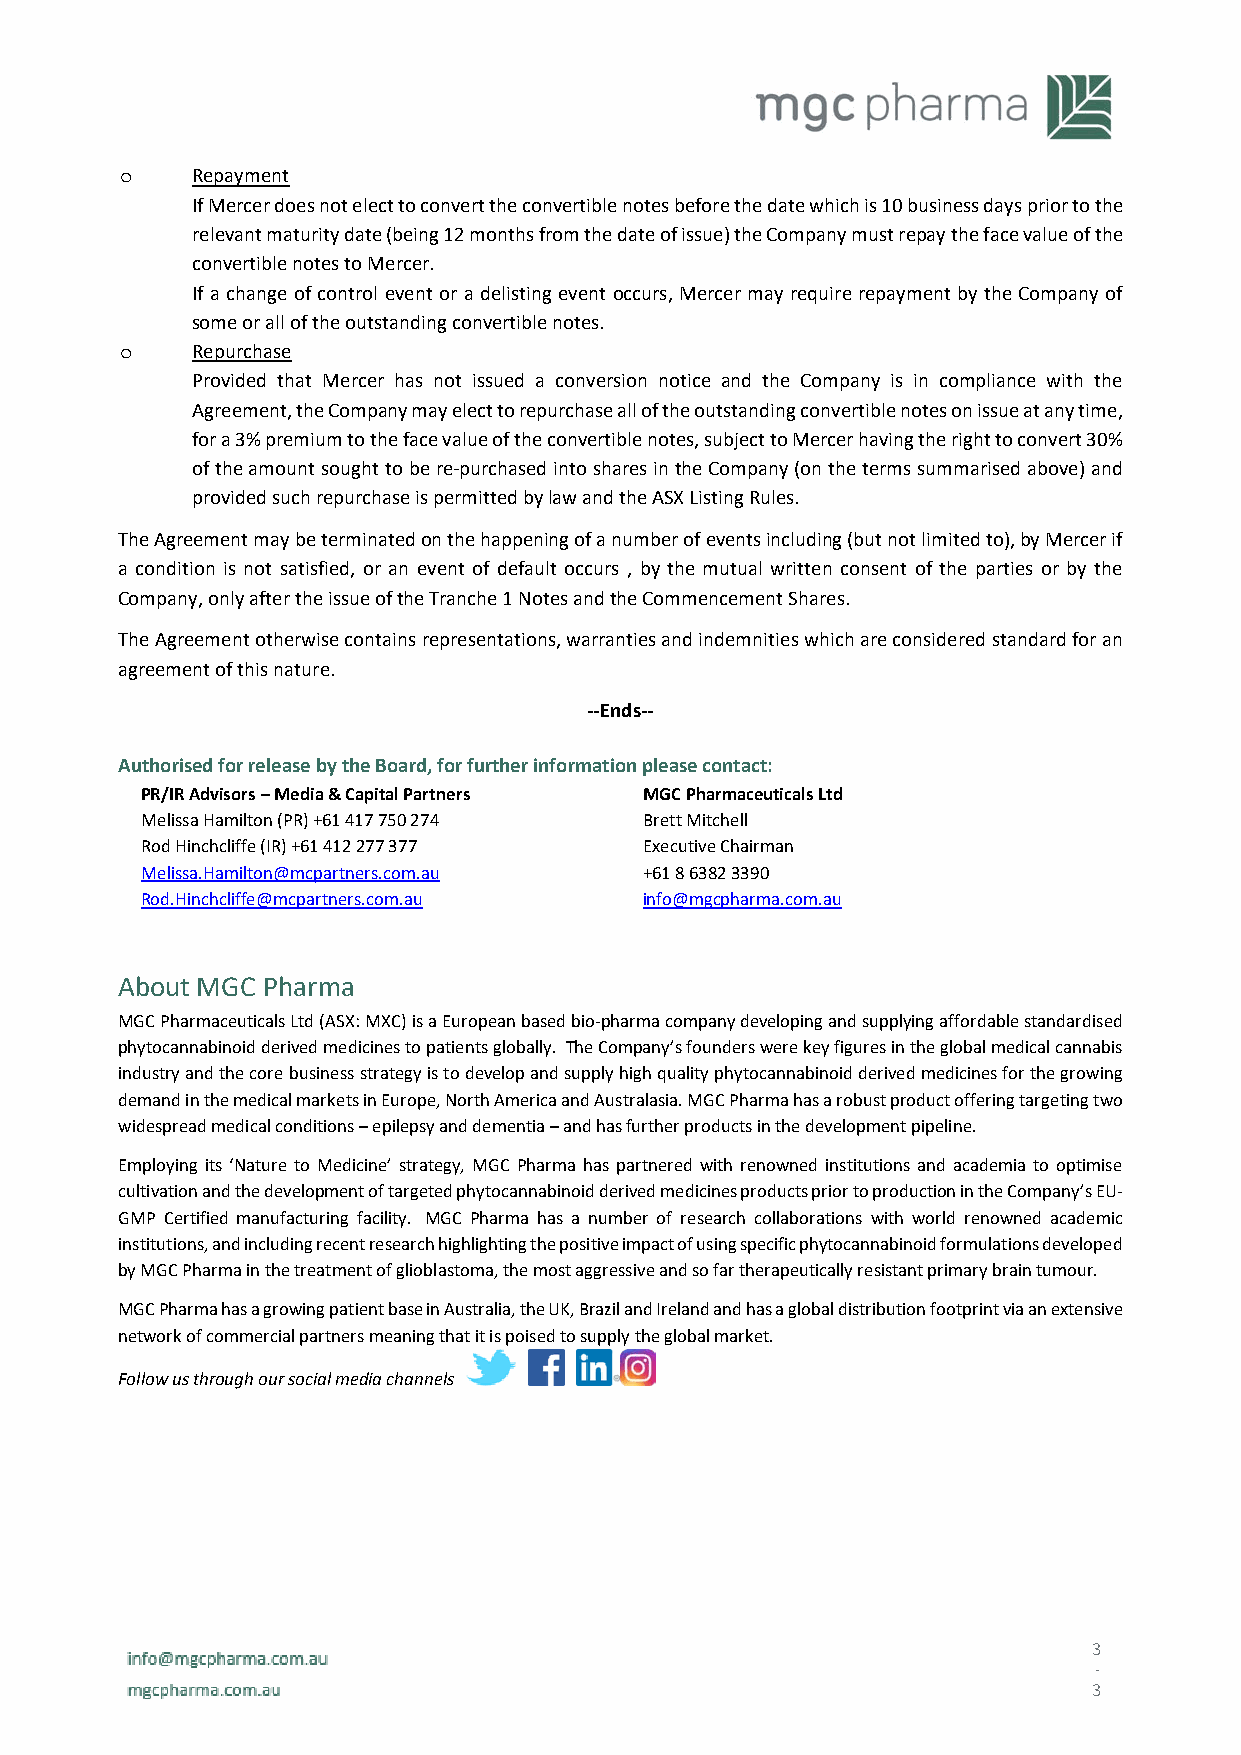
Repayment
 o
 If Mercer does not elect to convert the convertible notes before the date which is 10 business days prior to the
 relevant maturity date (being 12 months from the date of issue) the Company must repay the face value of the
 convertible notes to Mercer.
 If a change of control event or a delisting event occurs, Mercer may require repayment by the Company of
 some or all of the outstanding convertible notes.
 Repurchase
 o
 Provided that Mercer has not issued a conversion notice and the Company is in compliance with the
 Agreement, the Company may elect to repurchase all of the outstanding convertible notes on issue at any time,
 for a 3% premium to the face value of the convertible notes, subject to Mercer having the right to convert 30%
 of the amount sought to be re-purchased into shares in the Company (on the terms summarised above) and
 provided such repurchase is permitted by law and the ASX Listing Rules.
 The Agreement may be terminated on the happening of a number of events including (but not limited to), by Mercer if
 a condition is not satisfied, or an event of default occurs , by the mutual written consent of the parties or by the
 Company, only after the issue of the Tranche 1 Notes and the Commencement Shares.
 The Agreement otherwise contains representations, warranties and indemnities which are considered standard for an
 agreement of this nature.
 --Ends--
 Authorised for release by the Board, for further information please contact:
 PR/IR Advisors – Media & Capital Partners MGC Pharmaceuticals Ltd
 Melissa Hamilton (PR) +61 417 750 274 Brett Mitchell
 Rod Hinchcliffe (IR) +61 412 277 377 Executive Chairman
 Melissa.Hamilton@mcpartners.com.au +61 8 6382 3390
 Rod.Hinchcliffe@mcpartners.com.au info@mgcpharma.com.au
 About MGC Pharma
 MGC Pharmaceuticals Ltd (ASX: MXC) is a European based bio-pharma company developing and supplying affordable standardised
 phytocannabinoid derived medicines to patients globally. The Company’s founders were key figures in the global medical cannabis
 industry and the core business strategy is to develop and supply high quality phytocannabinoid derived medicines for the growing
 demand in the medical markets in Europe, North America and Australasia. MGC Pharma has a robust product offering targeting two
 widespread medical conditions – epilepsy and dementia – and has further products in the development pipeline.
 Employing its ‘Nature to Medicine’ strategy, MGC Pharma has partnered with renowned institutions and academia to optimise
 cultivation and the development of targeted phytocannabinoid derived medicines products prior to production in the Company’s EU-
 GMP Certified manufacturing facility. MGC Pharma has a number of research collaborations with world renowned academic
 institutions, and including recent research highlighting the positive impact of using specific phytocannabinoid formulations developed
 by MGC Pharma in the treatment of glioblastoma, the most aggressive and so far therapeutically resistant primary brain tumour.
 MGC Pharma has a growing patient base in Australia, the UK, Brazil and Ireland and has a global distribution footprint via an extensive
 network of commercial partners meaning that it is poised to supply the global market.
 Follow us through our social media channels
 3
 -
 3